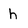
Character: h